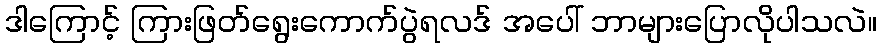
ဒါကြောင့် ကြားဖြတ်ရွေးကောက်ပွဲရလဒ် အပေါ် ဘာများပြောလိုပါသလဲ။